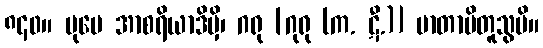
၈၄၀။ ပုမေ အာစရိယာဒိမှိ၊ ဂရု [ဂုရု (က. ဋီ.)] မာတာပိတူသွပိ။